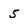
Character: 5